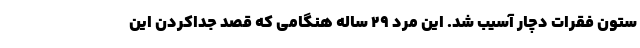
ستون فقرات دچار آسیب شد. این مرد 29 ساله هنگامی که قصد جداکردن این